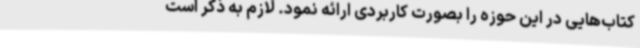
کتاب‌هایی در این حوزه را بصورت کاربردی ارائه نمود. لازم به ذکر است